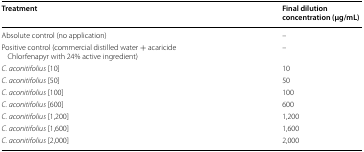
| Treatment | Final dilution concentration (μg/mL) |
 | --- | --- |
 | Absolute control (no application) | – |
 | Positive control (commercial distilled water + acaricide Chlorfenapyr with 24% active ingredient) | – |
 | C. aconitifolius [10] | 10 |
 | C. aconitifolius [50] | 50 |
 | C. aconitifolius [100] | 100 |
 | C. aconitifolius [600] | 600 |
 | C. aconitifolius [1,200] | 1,200 |
 | C. aconitifolius [1,600] | 1,600 |
 | C. aconitifolius [2,000] | 2,000 |